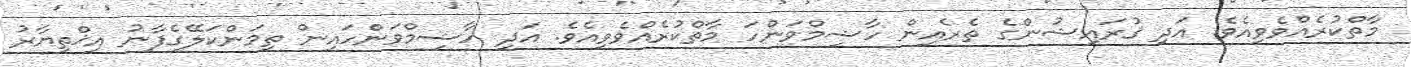
މާތްކުރެއްވެވިއެވެ. އަދި ޤުރައިޝުންގެ ތެރެއިން ހާޝިމްވަންހަ މާތްކުރެއްވެވިއެވެ. އަދި ހާޝިމްވަންހައިން ތިމަންކަލޭގެފާނު އިޚްތިޔާރު